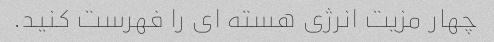
چهار مزیت انرژی هسته ای را فهرست کنید.